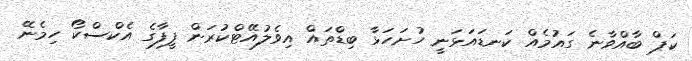
ކަޕް ބާއްވާނެ ގައުމެއް ކަނޑައަޅަނީ ހުށަހަޅާ ބިޑްތައް އިވެލުއޭޓްކުރަން ފީފާގެ އެކްސްކޯ ހިމެނޭ